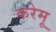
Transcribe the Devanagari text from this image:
करेमू